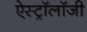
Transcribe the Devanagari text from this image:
ऐस्ट्रॉलॉजी